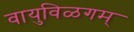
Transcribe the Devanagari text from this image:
वायुविळगम्